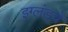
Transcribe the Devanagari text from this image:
इग्लंडचे